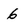
Character: 6